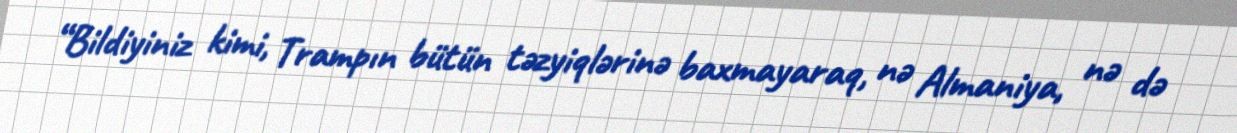
“Bildiyiniz kimi, Trampın bütün təzyiqlərinə baxmayaraq, nə Almaniya, nə də